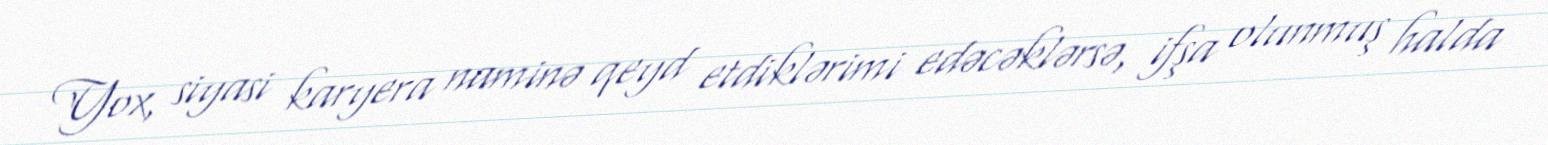
Yox, siyasi karyera naminə qeyd etdiklərimi edəcəklərsə, ifşa olunmuş halda